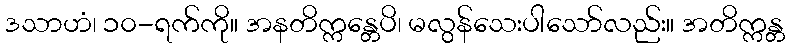
ဒသာဟံ၊ ၁၀-ရက်ကို။ အနတိက္ကန္တေပိ၊ မလွန်သေးပါသော်လည်း။ အတိက္ကန္တ